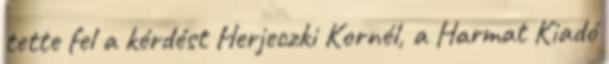
tette fel a kérdést Herjeczki Kornél, a Harmat Kiadó